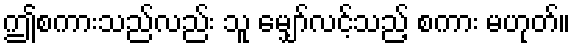
ဤစကားသည်လည်း သူ မျှော်လင့်သည့် စကား မဟုတ်။